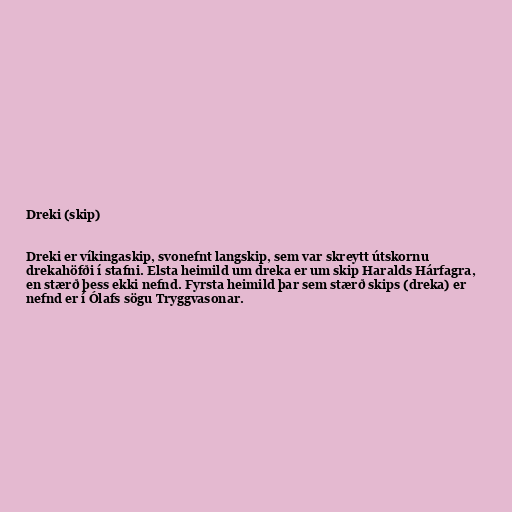
Dreki (skip)

Dreki er víkingaskip, svonefnt langskip, sem var skreytt útskornu
drekahöfði í stafni. Elsta heimild um dreka er um skip Haralds Hárfagra,
en stærð þess ekki nefnd. Fyrsta heimild þar sem stærð skips (dreka) er
nefnd er í Ólafs sögu Tryggvasonar.